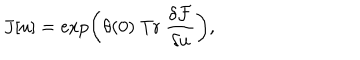
LaTeX: { J } [ u ] = \exp \left( \theta ( 0 ) ~ \mathrm { T r } ~ \frac { \delta { \cal F } } { \delta { u } } \right) ,